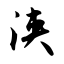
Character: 浃